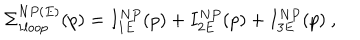
LaTeX: \Sigma _ { 1 l o o p } ^ { N P ( E ) } ( p ) = I _ { 1 E } ^ { N P } ( p ) + I _ { 2 E } ^ { N P } ( p ) + I _ { 3 E } ^ { N P } ( p ) ~ ,